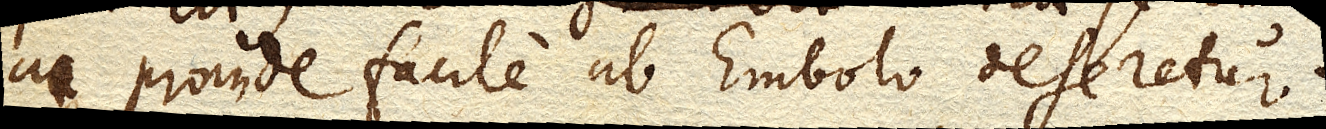
ac proinde facile ab Embolo deseretur.